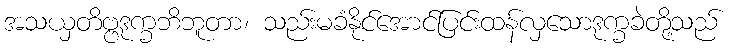
အသယှတိဗ္ဗဒုက္ခဘိဘူတာ၊ သည်းမခံနိုင်အောင်ပြင်းထန်လှသောဒုက္ခခဲတို့သည်